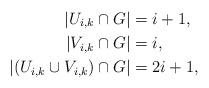
LaTeX: \begin{align*}|U_{i,k} \cap G| & = i +1,\\|V_{i,k} \cap G| & = i,\\|(U_{i,k} \cup V_{i,k}) \cap G| & = 2 i +1,\end{align*}